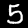
Label: 5